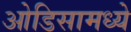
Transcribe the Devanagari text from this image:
ओडिसामध्ये